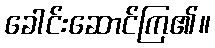
ခေါင်းဆောင်ကြ၏။